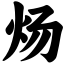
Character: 炀